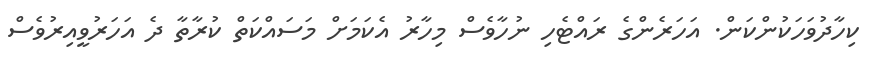
ކިހާދުވަހަކުންކަން. އަހަރެންގެ ރައްޓެހި ނުހާވެސް މިހާރު އެކަމަށް މަސައްކަތް ކުރާތާ ދެ އަހަރުވީއިރުވެސް